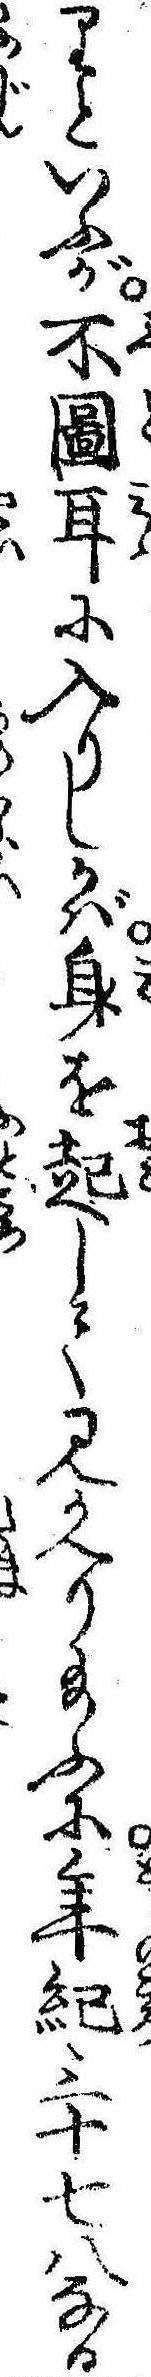
りといふが不図耳に入りしかば身を起して見かへり給ふに年紀三十七八なる